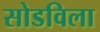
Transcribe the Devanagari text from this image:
सोडविला